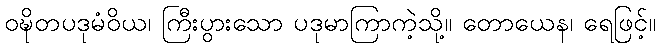
ဝဍ္ဎိတပဒုမံဝိယ၊ ကြီးပွားသော ပဒုမာကြာကဲ့သို့။ တောယေန၊ ရေဖြင့်။